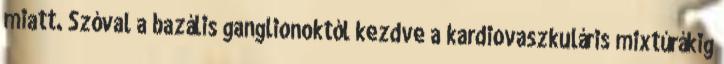
miatt. Szóval a bazális ganglionoktól kezdve a kardiovaszkuláris mixtúrákig